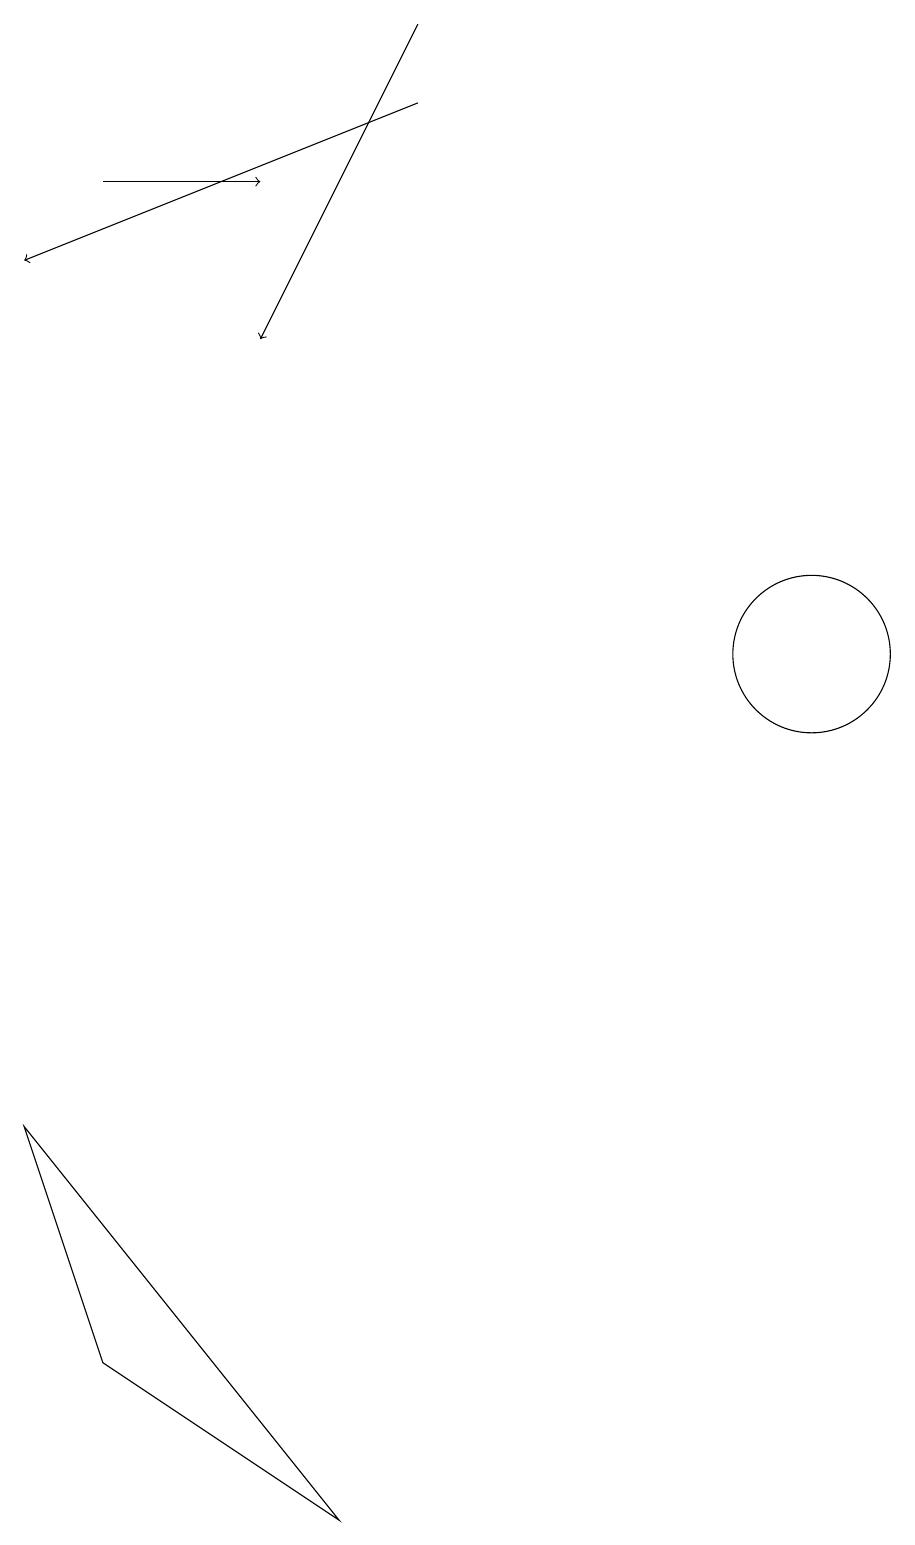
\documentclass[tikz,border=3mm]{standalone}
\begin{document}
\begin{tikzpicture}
\draw[->] (5,19) -- (3,15);
\draw[->] (1,17) -- (3,17);
\draw[->] (5,18) -- (0,16);
\draw (0,5) -- (1,2) -- (4,0) -- cycle;
\draw (10,11) circle (1);
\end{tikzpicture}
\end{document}